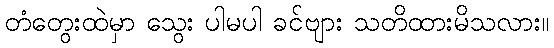
တံတွေးထဲမှာ သွေး ပါမပါ ခင်ဗျား သတိထားမိသလား။